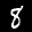
Label: 8